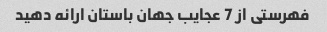
فهرستی از 7 عجایب جهان باستان ارائه دهید